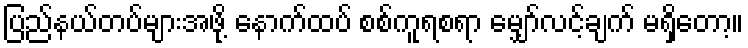
ပြည်နယ်တပ်များအဖို့ နောက်ထပ် စစ်ကူရစရာ မျှော်လင့်ချက် မရှိတော့။